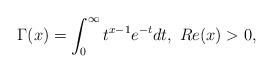
LaTeX: \begin{align*} \Gamma(x)=\int_{0}^{\infty} t^{x-1} e^{-t}dt,\ Re(x)>0, \end{align*}